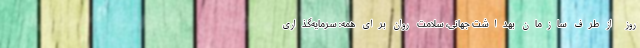
روز از طرف سازمان بهداشت جهانی، سلامت روان برای همه: سرمایه‌گذاری